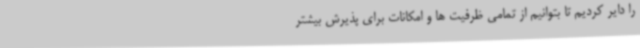
را دایر کردیم تا بتوانیم از تمامی ظرفیت ها و امکانات برای پذیرش بیشتر